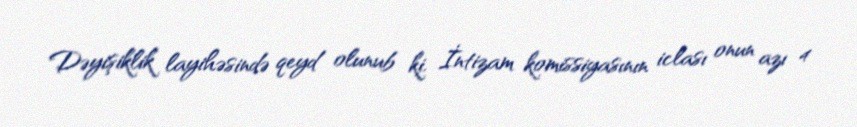
Dəyişiklik layihəsində qeyd olunub ki, İntizam komissiyasının iclası onun azı 4